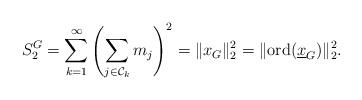
LaTeX: \begin{align*} S_2^{G} = \sum_{k=1}^{\infty} \left(\sum_{j \in \mathcal{C}_k} m_j \right)^2= \Vert x_G \Vert_2^2 =\Vert {\mathrm{ord}}(\underline{x}_G)\Vert_2^2. \end{align*}